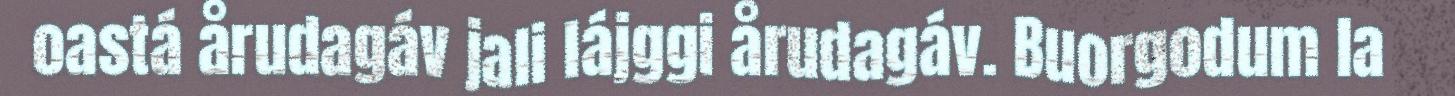
oastá årudagáv jali lájggi årudagáv. Buorgodum la